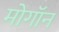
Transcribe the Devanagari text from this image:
मोगॉन